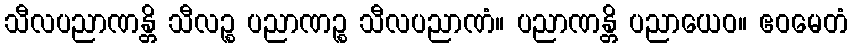
သီလပညာဏန္တိ သီလဉ္စ ပညာဏဉ္စ သီလပညာဏံ။ ပညာဏန္တိ ပညာယေဝ။ ဧဝမေတံ